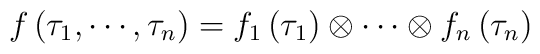
f\left( \tau _{1},\cdots ,\tau _{n}\right) =f_{1}\left( \tau _{1}\right)\otimes \cdots \otimes f_{n}\left( \tau _{n}\right)